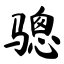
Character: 骢